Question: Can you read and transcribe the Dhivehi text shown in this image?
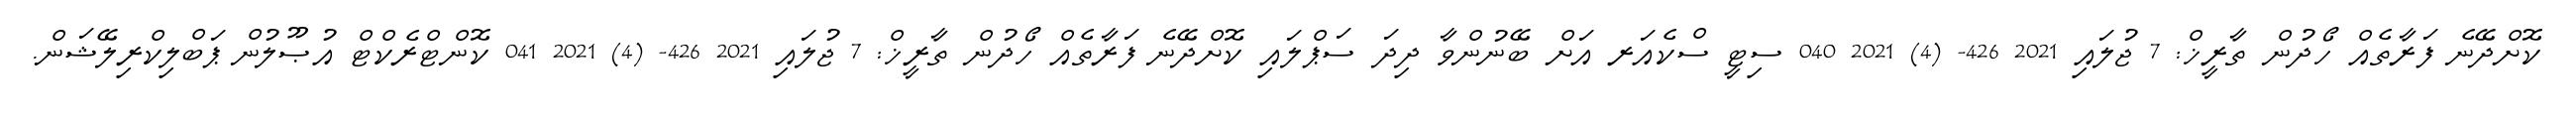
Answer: ކޮށްދޭނެ ފަރާތެއް ހޯދުން ތާރީޚް: 7 ޖުލައި 2021 426- (4) 2021 040 ސިޓީ ސްކެއަރ އަށް ބޭނުންވާ ދިދަ ސަޕްލައި ކޮށްދޭނެ ފަރާތެއް ހޯދުން ތާރީޚް: 7 ޖުލައި 2021 426- (4) 2021 041 ކޮންޓްރެކްޓް އުޞޫލުން ޕަބްލިކްރިލޭޝަން.